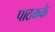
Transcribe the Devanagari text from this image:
पाठकके